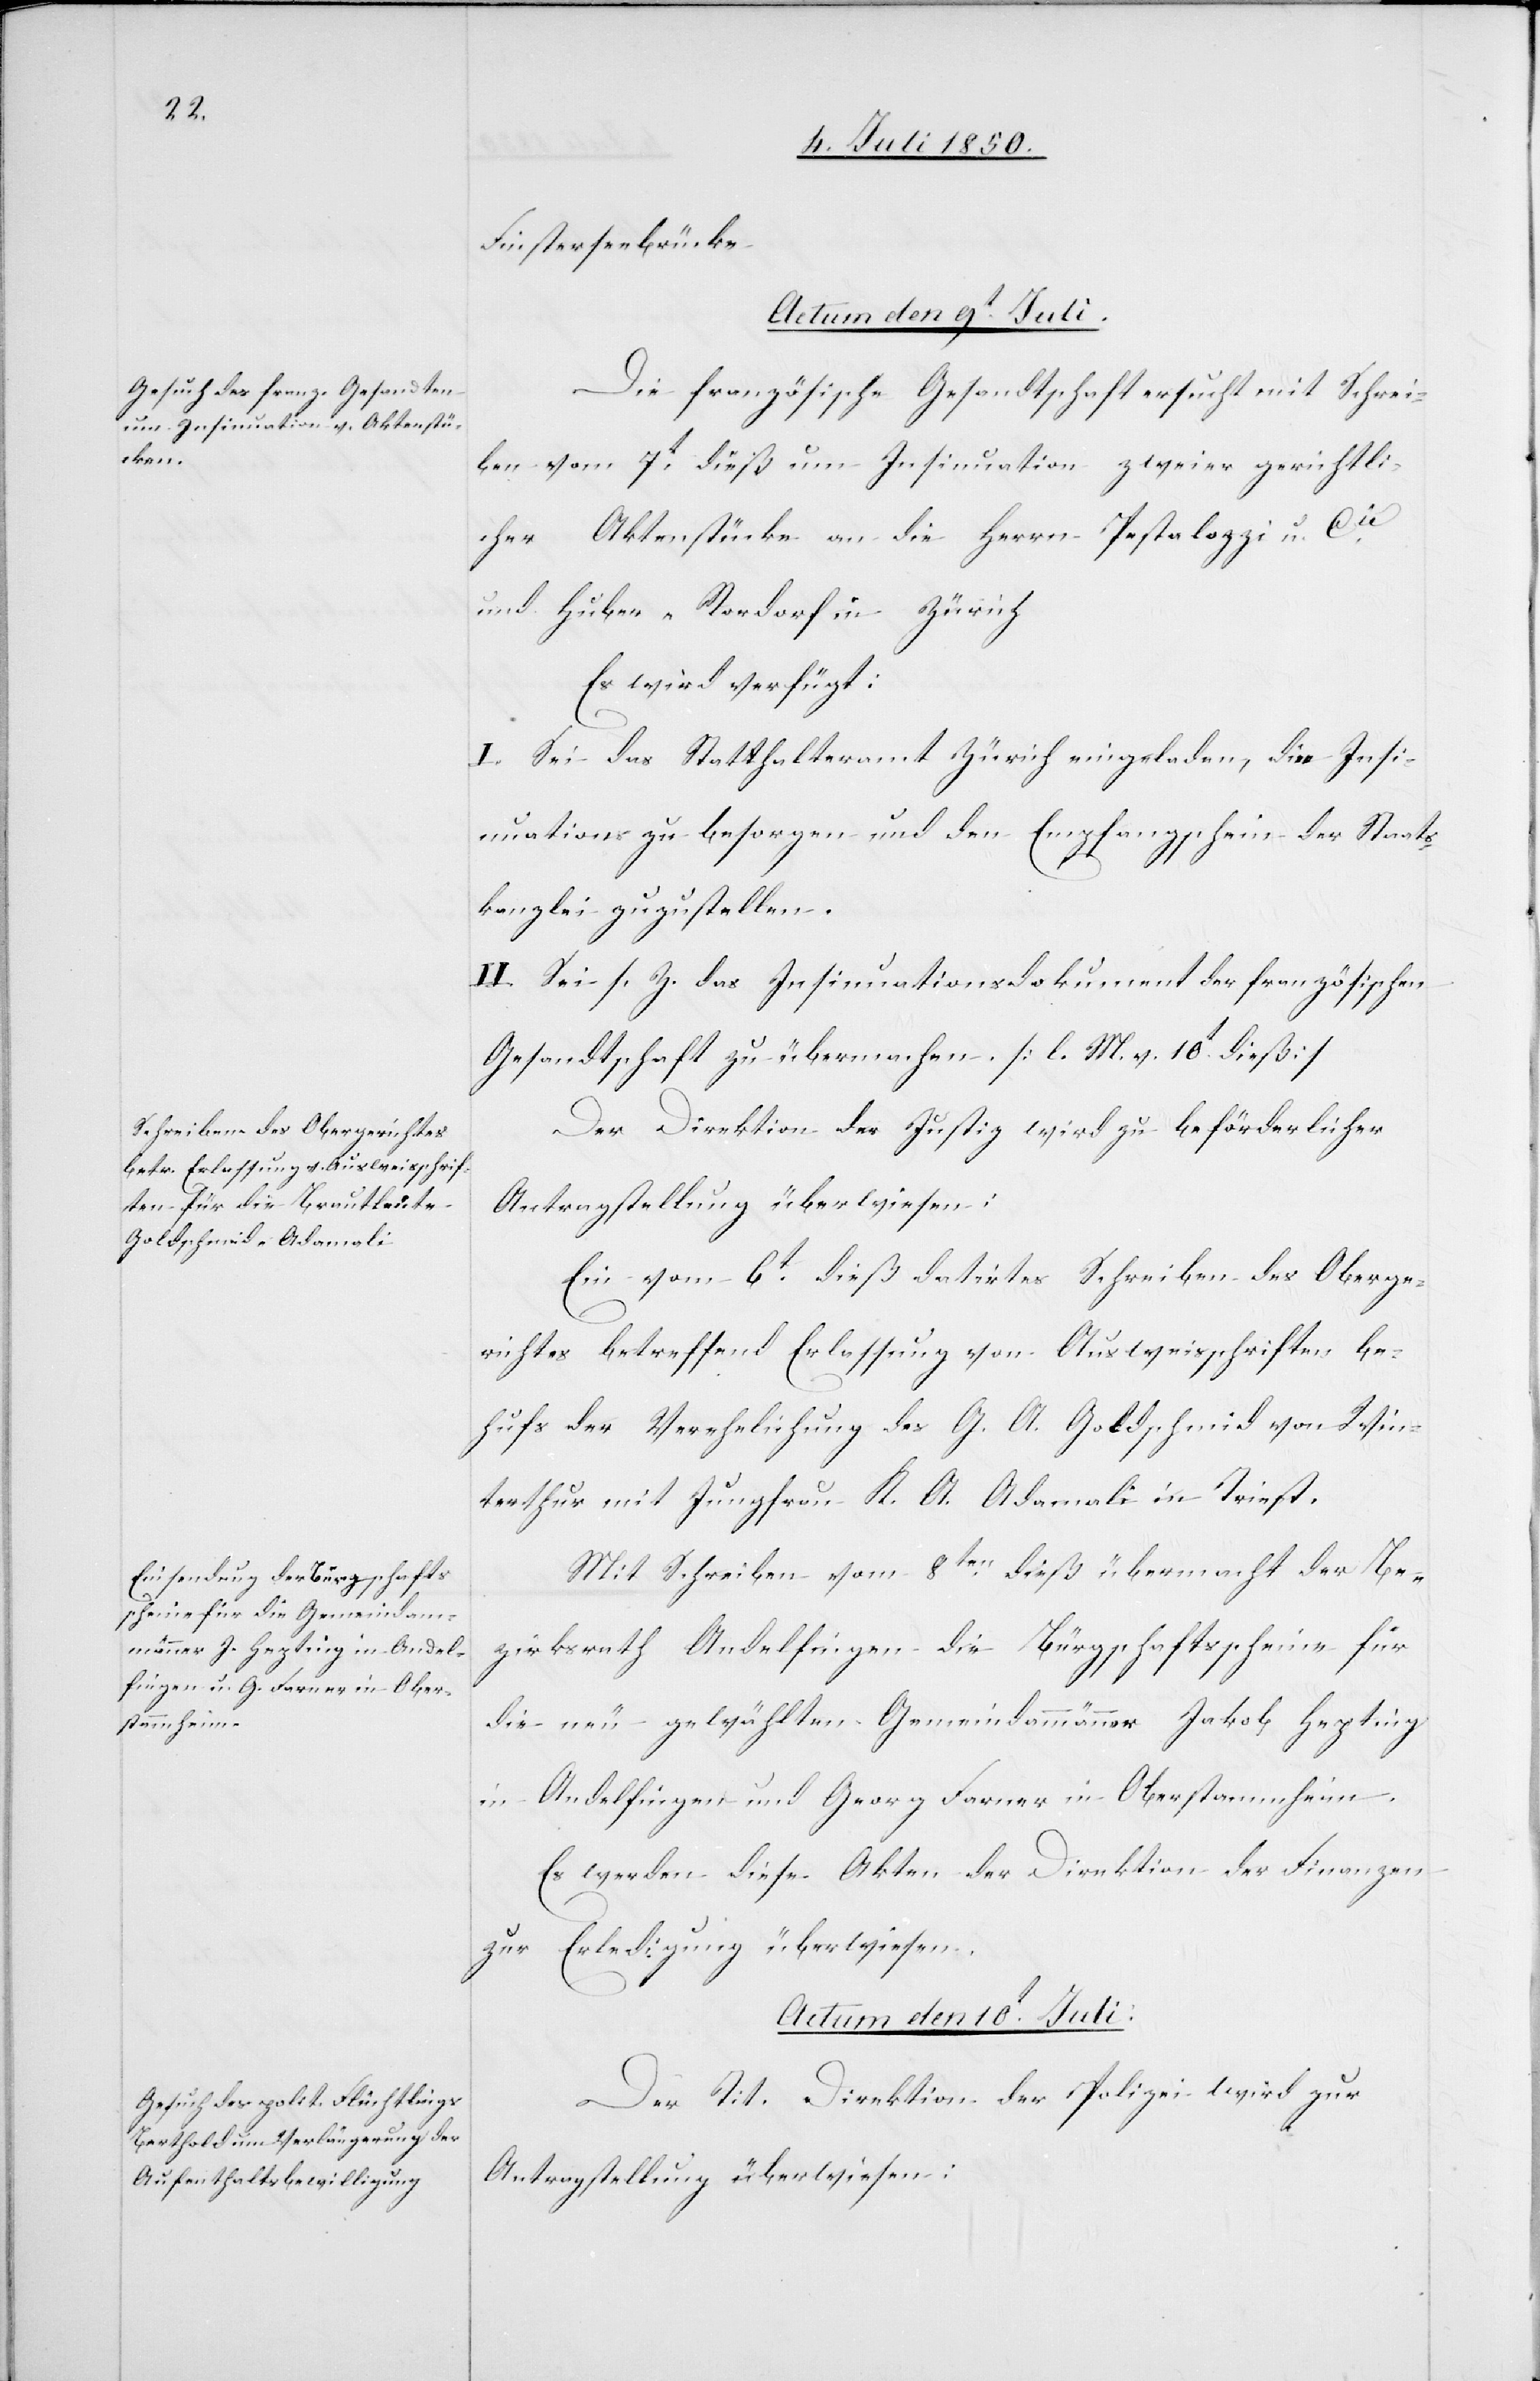
Finsterseebrücke.
Actum den 9t Juli.]
Die französische Gesandtschaft ersucht mit Schrei¬
ben vom 7t dieß um Insinuation zweier gerichtli¬
cher Aktenstücke an die Herrn Pestalozzi u. Cie
und Huber-Rordorf in Zürich
Es wird verfügt:
I. Sei das Statthalteramt Zürich eingeladen, die Insi¬
nuation zu besorgen und den Empfangschein der Staats¬
kanzlei zuzustellen.
II. Sei s. Z. das Insinuationsdokument der französischen
Gesandtschaft zu übermachen. [l. M. v. 10t dieß]
Der Direktion der Justiz wird zu beförderlicher
Antragstellung überwiesen:
Ein vom 6t dieß datirtes Schreiben des Oberge¬
richtes betreffend Erlassung von Ausweisschriften be¬
hufs der Verehelichung des G. A. Goldschmid von Win¬
terthur mit Jungfrau K. A. Adamali in Triest.
Mit Schreiben vom 8ten dieß übermacht der Be¬
zirksrath Andelfingen die Bürgschaftsscheine für
die neu gewählten Gemeindammänner Jakob Hepting
in Andelfingen und Georg Farner in Oberstammheim.
Es werden diese Akten der Direktion der Finanzen
zur Erledigung überwiesen.
Actum den 10t Juli.
Der Tit. Direktion der Polizei wird zur
Antragstellung überwiesen: